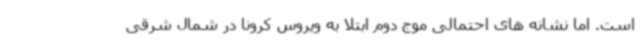
است. اما نشانه های احتمالی موج دوم ابتلا به ویروس کرونا در شمال شرقی